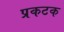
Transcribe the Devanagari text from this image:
प्रकटक